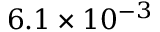
6 . 1 \times 1 0 ^ { - 3 }